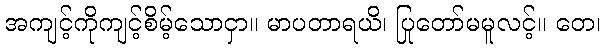
အကျင့်ကိုကျင့်စိမ့်သောငှာ။ မာပတာရယိ၊ ပြုတော်မမူလင့်။ တေ၊